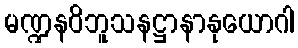
မဏ္ဍနဝိဘူသနဋ္ဌာနာနုယောဂါ